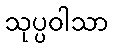
သုပ္ပဝါသာ